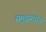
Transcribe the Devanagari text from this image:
समुद्रस्तरीय